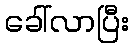
ခေါ်လာပြီး